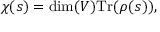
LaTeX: \chi ( s ) = \dim ( V ) { \mathrm { T r } } ( \rho ( s ) ) ,